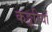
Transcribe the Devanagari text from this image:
कङ्करियाँ